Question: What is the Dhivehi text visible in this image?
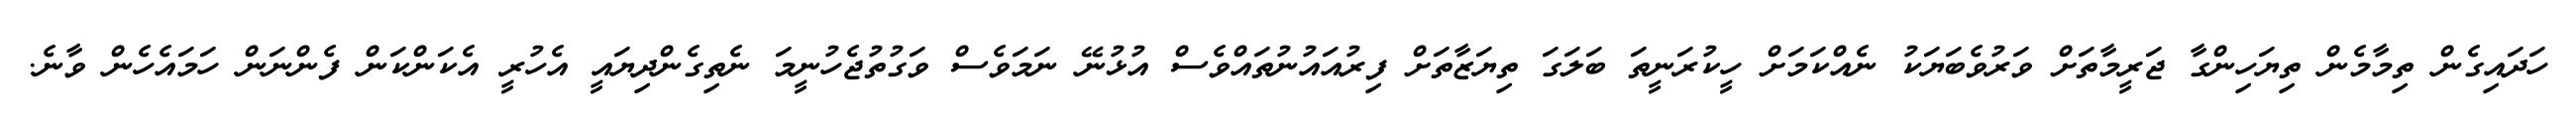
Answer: ހަދައިގެން ތިމާމެން ތިޔަހިންގާ ޖަރީމާތަށް ވަރުވެބަޔަކު ނެއްކަމަށް ހީކުރަނީތަ ބަލަގަ ތިޔަޒާތަށް ފިރުއައުނުތައްވެސް އުޅުނޭ ނަމަވެސް ވަގުތުޖެހުނީމަ ނެތިގެންދިޔައީ އެހުރީ އެކަންކަން ފެންނަން ހަމައެހެން ވާނެ.